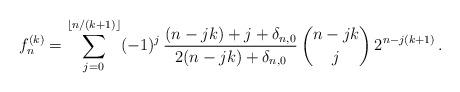
LaTeX: \begin{align*}f_{n}^{(k)}= \sum_{j=0}^{\lfloor n/(k+1)\rfloor} (-1)^j\,\frac{(n-jk)+j+\delta_{n,0}}{2(n-jk)+\delta_{n,0}}\, \binom{n-jk}{j} \, 2^{n-j(k+1)}\,.\end{align*}